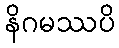
နိဂမဿပိ